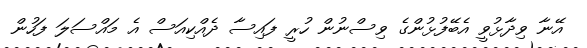
އޭނާ ވިދާޅުވީ އެބޭފުޅުންގެ ވިސްނުން ހުރީ ފައިސާ ދެއްކިއަސް އެ މައްސަލަ ފަހުން